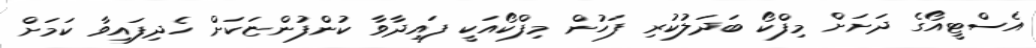
އެސްޓީއޯގެ ދަށަށް މިފްކޯ ބަދަލުކުރި ފަހުން މިފްކޯއަކީ ފައިދާވާ ކުންފުންޏަކަށް ހެދިފައިވާ ކަމަށް